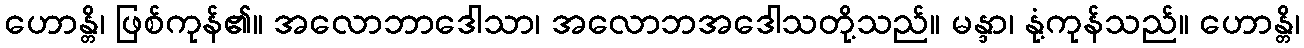
ဟောန္တိ၊ ဖြစ်ကုန်၏။ အလောဘာဒေါသာ၊ အလောဘအဒေါသတို့သည်။ မန္ဒာ၊ နုံ့ကုန်သည်။ ဟောန္တိ၊